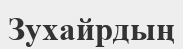
Зухайрдың